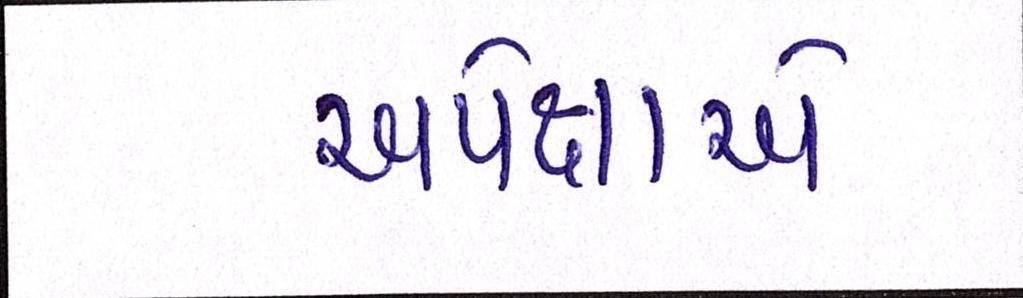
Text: અપેક્ષાએ